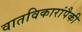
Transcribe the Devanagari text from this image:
वातविकारांपैकी